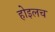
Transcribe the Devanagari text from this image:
होइलच